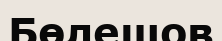
Бөлешов